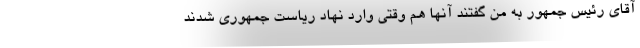
آقای رئیس جمهور به من گفتند آنها هم وقتی وارد نهاد ریاست جمهوری شدند